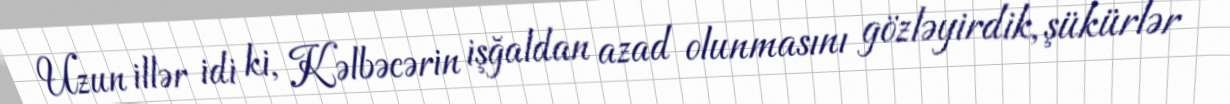
Uzun illər idi ki, Kəlbəcərin işğaldan azad olunmasını gözləyirdik, şükürlər